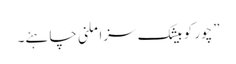
”چور کو بیشک سزا ملنی چاہئے۔